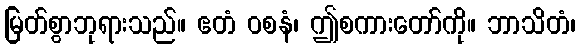
မြတ်စွာဘုရားသည်။ ဧတံ ဝစနံ၊ ဤစကားတော်ကို။ ဘာသိတံ၊